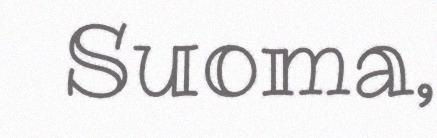
Suoma,